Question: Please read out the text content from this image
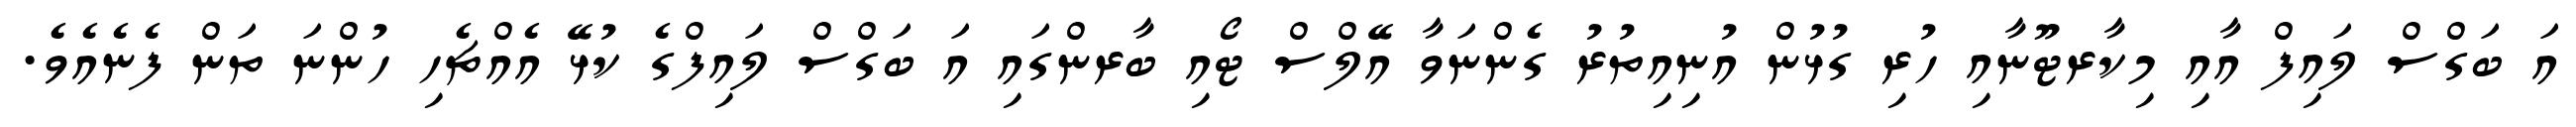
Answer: އަ ބަގްސް ލައިފް އާއި މިކާރޓޫނާއި ހުރި ގުޅުން އުނިއިތުރު ގެންނަވާ އޭލްސް ޓޯއި ބާރންގައި އަ ބަގްސް ލައިފްގެ ކުޅޭ އެއްޗެހި ހުންނަ ތަން ފެނެއެވެ.